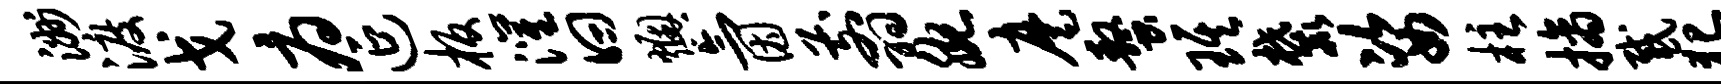
洲渡戈府延板灌曰燠氤翦腕麾螯琪麓姿柱摘感犯